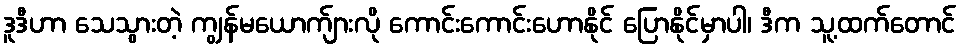
ဒူဒီဟာ သေသွားတဲ့ ကျွန်မယောက်ျားလို ကောင်းကောင်းဟောနိုင် ပြောနိုင်မှာပါ၊ ဒီက သူ့ထက်တောင်